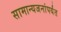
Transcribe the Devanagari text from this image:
सामान्यजनांपर्यंत